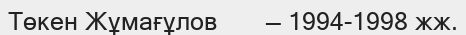
Төкен Жұмағұлов       — 1994-1998 жж.